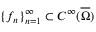
\{ f _ { n } \} _ { n = 1 } ^ { \infty } \subset C ^ { \infty } ( \overline { { \Omega } } )